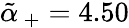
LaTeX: \tilde{\alpha}_{\, +}=4.50